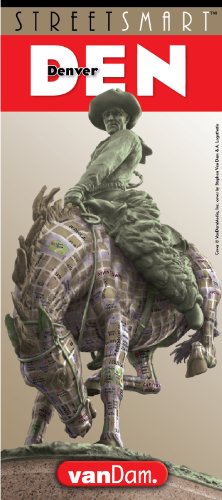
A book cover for StreetSmart Denver; Stephan Van Dam; Travel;